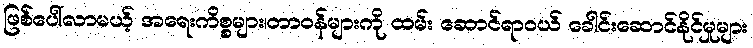
ဖြစ်ပေါ်လာမယ့် အရေးကိစ္စများ၊တာဝန်များကို ထမ်း ဆောင်ရာဝယ် ခေါင်းဆောင်နိုင်မှုများ